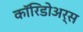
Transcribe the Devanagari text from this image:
कॉरिडोअर्स